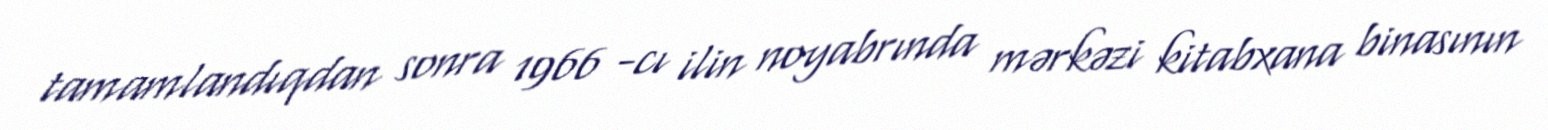
tamamlandıqdan sonra 1966 -cı ilin noyabrında mərkəzi kitabxana binasının